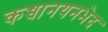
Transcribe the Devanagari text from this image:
कच्चानयनभेद